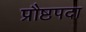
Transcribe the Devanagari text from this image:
प्रौष्ठपदा